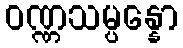
ဝဏ္ဏသမ္ပန္နော